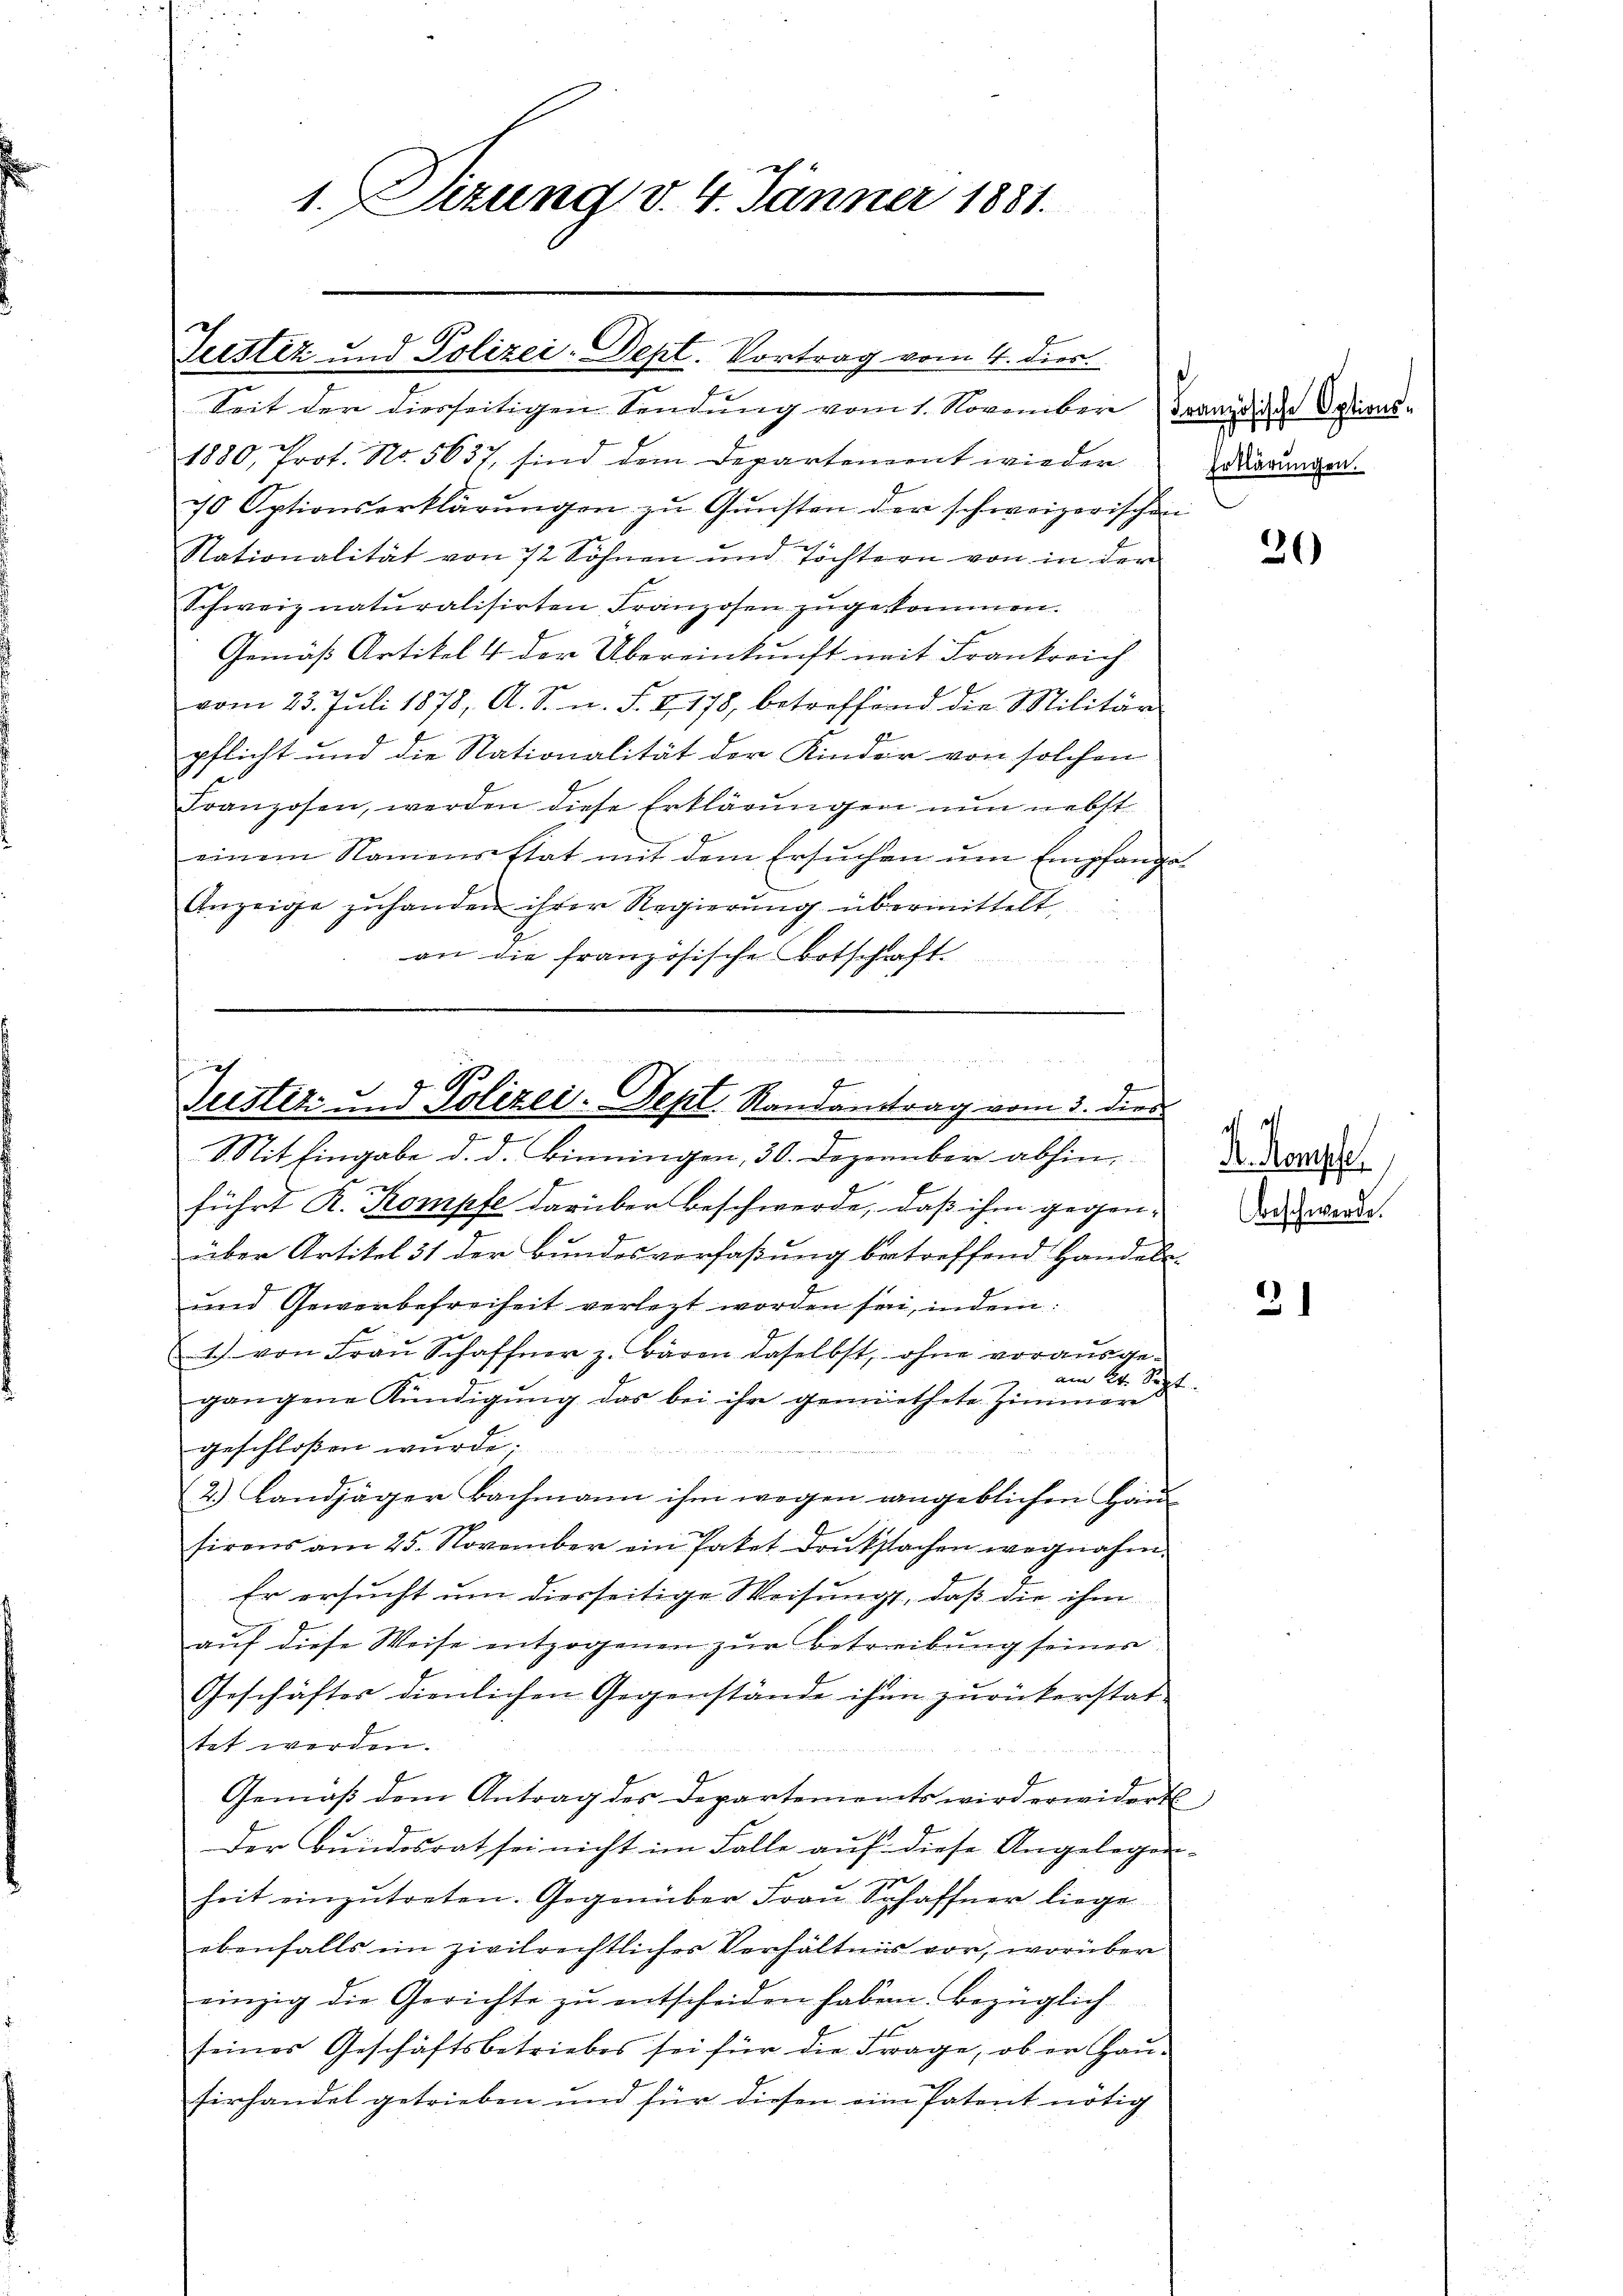
ef 4
1. Sizung d. 4. Jänner 1881.

Justiz und Polizei-Dept. Vortrag vom 4. dies.
Seit der diesseitigen Sendung vom 1. November (Französische Options-

1880, Prot. No. 5637, sind dem Departenannt wieder
70 Optionserklärŭngen zŭ Gŭnsten der schweizerischen
Nationalität von 72 Söhnen und Töchtern von in der
Schweiz naturalisirten Franzosen zŭgekommen.
Gemäß Artikel 4 der Übereinkunft mit Frankreich
vom 23. Juli 1878, A. S. n. F. I 178, betreffend die Militär-
pflicht und die Stationalität der Kinder von solchen
Franzosen, werden diese Erklärungen nun nebst
einem Namensstat mit dem Ersuchen um Empfange¬
Anzeige zuhanden ihrer Regierung übermittelt,
an die französische Botschaft

f
Justiz und Polizei-Sept. Randantrag vom 3. dies

Mit Eingabe d. d. Binningen, 30. Dezember abhin, der Korre
führt K. Kompfe darüber beschwerde, daß ihm gegen-
über Artikel 31 der Bundesverfaßung betreffend Handeln
und Gewerbefreiheit verletzt worden sei, indem:
1) von Fraŭ Schaffer z. Bären daselbst, ohne vorausge-
am 24. Sept.
gangene Kündigung das bei ihr gemiethete Zimmern
geschloßen wurde.

2.) Landjäger Bachmann ihm wegen angeblichen Häusirens am 25. November ein Paket drükstachen wegnahm.
Er ersucht um diesseitige Weisung, daß die ihm
aŭf diese Weise entzogenen zur Betreibung seiner
Geschäftes dienlichen Gegenstände ihm zurückerstat-
tet werden.
Gemäβ dem Antrag des Departements wird erwidert,
Der Bundesrat sei nicht im Falle auf diese Angelegenheit einzŭtreten. Gegenüber Fraŭ Schaffner liege
ebenfalls ein zivilrechtlicher Verhältnis vor, worüber
einzig die Gerichte zu entscheiden haben. Bezüglich
t
seines Geschäftsbetriebes sei für die Frage, ob er haŭ-
firhandel getrieben und für diesen eine Patent nötig

Erklärungen.

20

dts
Beschwerde.

2